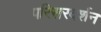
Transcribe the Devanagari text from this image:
परिसरदर्शन